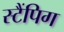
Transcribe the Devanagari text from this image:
स्टैंपिग